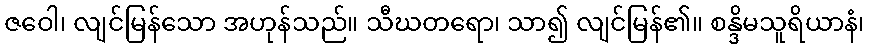
ဇဝေါ၊ လျင်မြန်သော အဟုန်သည်။ သီဃတရော၊ သာ၍ လျင်မြန်၏။ စန္ဒိမသူရိယာနံ၊